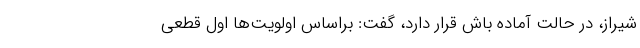
شیراز، در حالت آماده باش قرار دارد، گفت: براساس اولویت‌ها اول قطعی